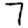
Digit: 7